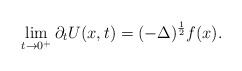
\begin{align*} \lim_{t\to0^+}\partial_t U(x,t)=(-\Delta)^\frac 1 2 f(x).\end{align*}